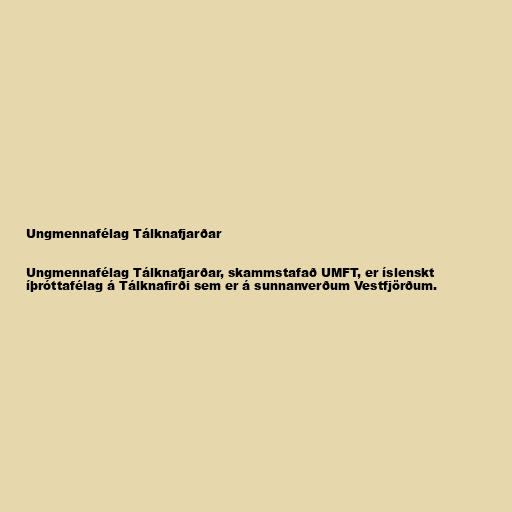
Ungmennafélag Tálknafjarðar

Ungmennafélag Tálknafjarðar, skammstafað UMFT, er íslenskt
íþróttafélag á Tálknafirði sem er á sunnanverðum Vestfjörðum.